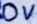
Text: 0V